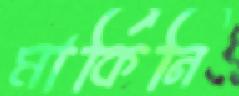
মার্কিনি